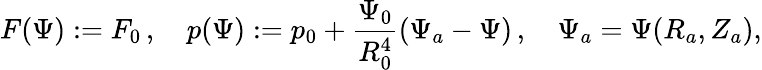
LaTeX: F(\Psi):=F_{0}\, ,\quad p(\Psi):=p_{0}+\frac{\Psi_{0}}{R_{0}^{4}}(\Psi_{a}-\Psi)\, ,\quad\Psi_{a}=\Psi(R_{a},Z_{a}),